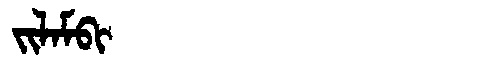
Manchu: ᠵᡳᠯᠠᠮᠪᡳ
Romanization: JILAMBI